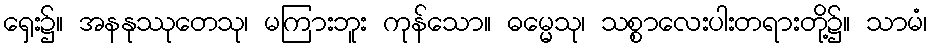
ရှေး၌။ အနနုဿုတေသု၊ မကြားဘူး ကုန်သော။ ဓမ္မေသု၊ သစ္စာလေးပါးတရားတို့၌။ သာမံ၊